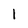
Character: l